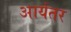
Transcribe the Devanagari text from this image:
आर्यतर